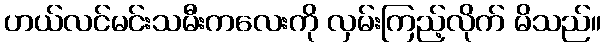
ဟယ်လင်မင်းသမီးကလေးကို လှမ်းကြည့်လိုက် မိသည်။